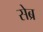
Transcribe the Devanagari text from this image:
सेब्र